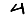
Digit: 4